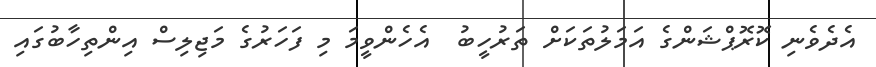
އެދެވެނި ކޮރޮޕްޝަންގެ އަމަލުތަކަށް ތަރުހީބު  އެހެންވީމަ މި ފަހަރުގެ މަޖިލިސް އިންތިހާބުގައި